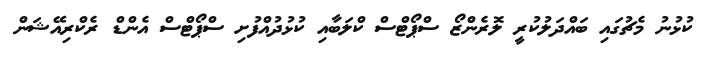
ކުޅުނު މެޗުގައި ބައްދަލުކުރީ ލޮރެންޒޯ ސްޕޯޓްސް ކްލަބާއި ކުޅުދުއްފުށި ސްޕޯޓްސް އެންޑް ރެކްރިއޭޝަން